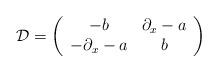
LaTeX: \begin{align*}\mathcal{D}=\left(\begin{array}{cc}-b & \partial_x-a\\-\partial_x-a &b\end{array}\right)\end{align*}